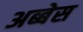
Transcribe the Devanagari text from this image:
अब्बेस